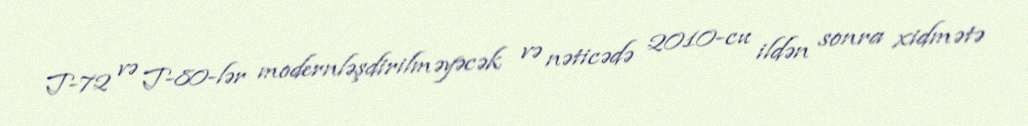
T-72 və T-80-lər modernləşdirilməyəcək və nəticədə 2010-cu ildən sonra xidmətə